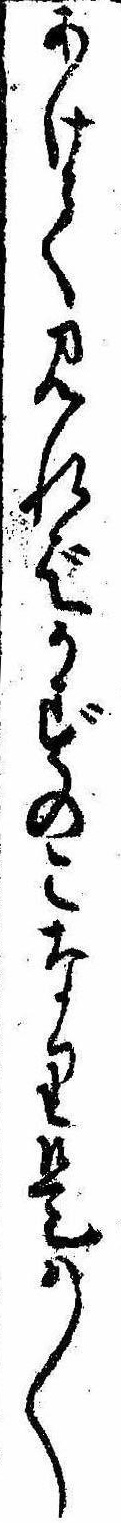
あけて見ればかずのこなり是は〱